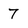
Character: 7